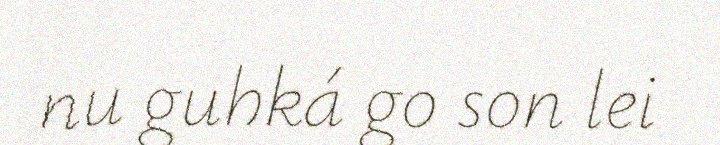
nu guhká go son lei